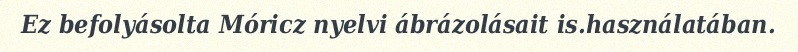
Ez befolyásolta Móricz nyelvi ábrázolásait is.használatában.